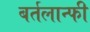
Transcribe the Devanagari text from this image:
बर्तलान्फी